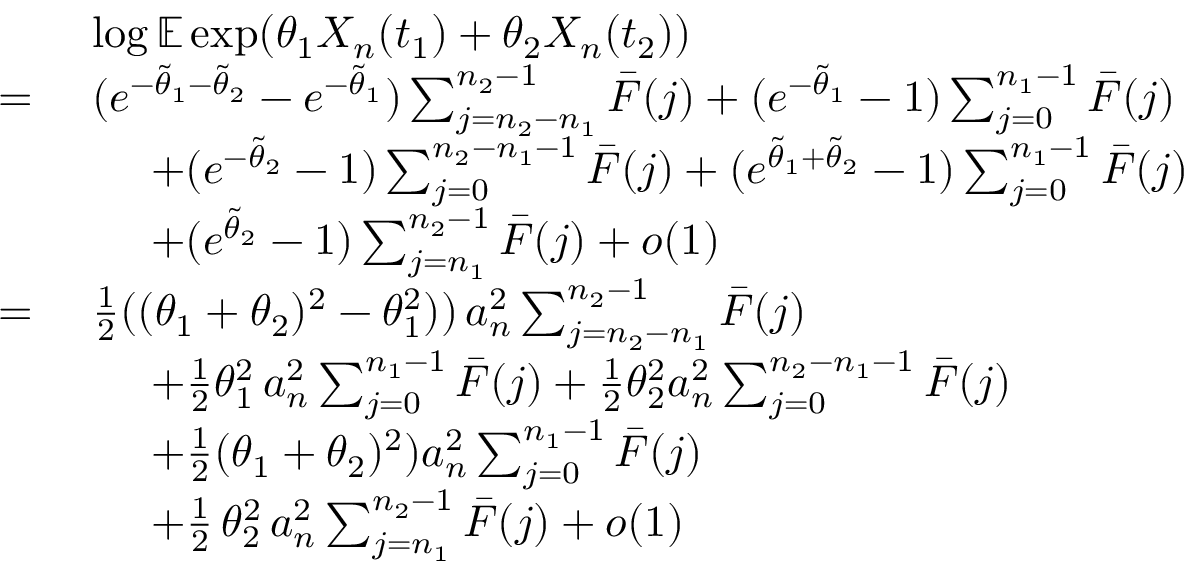
\begin{array} { r l } & { ~ \log \mathbb { E } \exp ( \theta _ { 1 } X _ { n } ( t _ { 1 } ) + \theta _ { 2 } X _ { n } ( t _ { 2 } ) ) } \\ { = } & { ~ ( e ^ { - \tilde { \theta } _ { 1 } - \tilde { \theta } _ { 2 } } - e ^ { - \tilde { \theta } _ { 1 } } ) \sum _ { j = n _ { 2 } - n _ { 1 } } ^ { n _ { 2 } - 1 } \bar { F } ( j ) + ( e ^ { - \tilde { \theta } _ { 1 } } - 1 ) \sum _ { j = 0 } ^ { n _ { 1 } - 1 } \bar { F } ( j ) } \\ & { ~ ~ ~ ~ ~ + ( e ^ { - \tilde { \theta } _ { 2 } } - 1 ) \sum _ { j = 0 } ^ { n _ { 2 } - n _ { 1 } - 1 } \bar { F } ( j ) + ( e ^ { \tilde { \theta } _ { 1 } + \tilde { \theta } _ { 2 } } - 1 ) \sum _ { j = 0 } ^ { n _ { 1 } - 1 } \bar { F } ( j ) } \\ & { ~ ~ ~ ~ ~ + ( e ^ { \tilde { \theta } _ { 2 } } - 1 ) \sum _ { j = n _ { 1 } } ^ { n _ { 2 } - 1 } \bar { F } ( j ) + o ( 1 ) } \\ { = } & { ~ \frac { 1 } { 2 } ( ( \theta _ { 1 } + \theta _ { 2 } ) ^ { 2 } - \theta _ { 1 } ^ { 2 } ) ) \, a _ { n } ^ { 2 } \sum _ { j = n _ { 2 } - n _ { 1 } } ^ { n _ { 2 } - 1 } \bar { F } ( j ) } \\ & { ~ ~ ~ ~ ~ + \frac { 1 } { 2 } \theta _ { 1 } ^ { 2 } \, a _ { n } ^ { 2 } \sum _ { j = 0 } ^ { n _ { 1 } - 1 } \bar { F } ( j ) + \frac { 1 } { 2 } \theta _ { 2 } ^ { 2 } a _ { n } ^ { 2 } \sum _ { j = 0 } ^ { n _ { 2 } - n _ { 1 } - 1 } \bar { F } ( j ) } \\ & { ~ ~ ~ ~ ~ + \frac { 1 } { 2 } ( \theta _ { 1 } + \theta _ { 2 } ) ^ { 2 } ) a _ { n } ^ { 2 } \sum _ { j = 0 } ^ { n _ { 1 } - 1 } \bar { F } ( j ) } \\ & { ~ ~ ~ ~ ~ + \frac { 1 } { 2 } \, \theta _ { 2 } ^ { 2 } \, a _ { n } ^ { 2 } \sum _ { j = n _ { 1 } } ^ { n _ { 2 } - 1 } \bar { F } ( j ) + o ( 1 ) } \end{array}